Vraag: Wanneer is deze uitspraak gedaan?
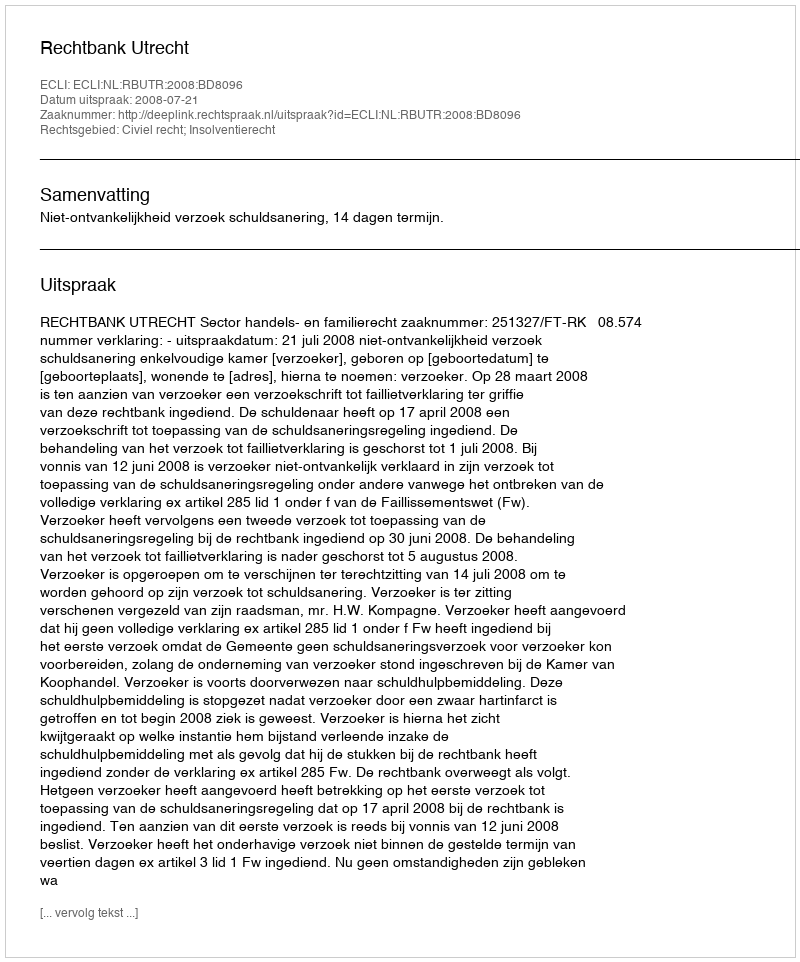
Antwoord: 2008-07-21